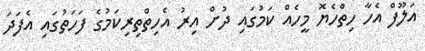
އަލޫފް އެހާ ހިތްހެޔޮ މީހެއް ކަމުގައި ދުށް އިރު އެހިތްތިރިކަމުގެ ފަހަތުގައި އެފަދަ